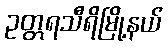
ဥတ္တရသီရိမြို့နယ်